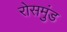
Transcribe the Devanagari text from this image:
रोसमुंड